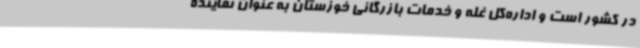
در کشور است و اداره‌کل غله و خدمات بازرگانی خوزستان به عنوان نماینده